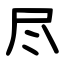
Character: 尽